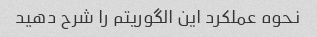
نحوه عملکرد این الگوریتم را شرح دهید